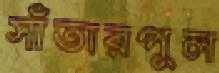
সাঁতারপুল